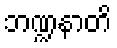
ဘဏ္ဍနာတိ